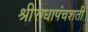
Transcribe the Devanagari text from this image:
श्रीराधापंचशती